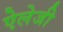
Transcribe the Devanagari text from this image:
ऐलेजी